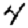
Digit: 4